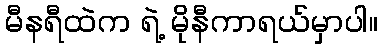
မီနရီထဲက ရဲ့ မိုနီကာရယ်မှာပါ။